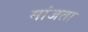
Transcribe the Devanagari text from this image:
मांजता